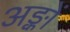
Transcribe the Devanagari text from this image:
अङ्कों